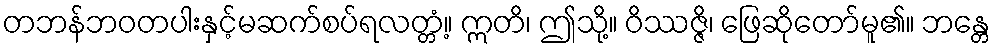
တဘန်ဘဝတပါးနှင့်မဆက်စပ်ရလတ္တံ့။ ဣတိ၊ ဤသို့။ ဝိဿဇ္ဇိ၊ ဖြေဆိုတော်မူ၏။ ဘန္တေ